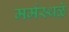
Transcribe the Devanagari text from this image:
मर्मस्थळे